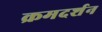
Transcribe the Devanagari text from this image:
क्रमदर्शन